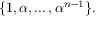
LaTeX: \{ 1 , \alpha , \dots , \alpha ^ { n - 1 } \} .